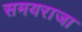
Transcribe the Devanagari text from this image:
समयराजा